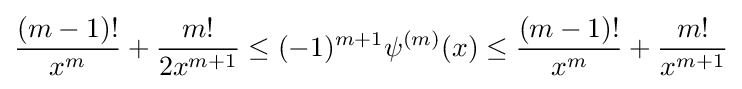
{\frac {(m-1)!}{x^{m}}}+{\frac {m!}{2x^{m+1}}}\leq (-1)^{m+1}\psi ^{(m)}(x)\leq {\frac {(m-1)!}{x^{m}}}+{\frac {m!}{x^{m+1}}}